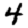
Digit: 4